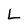
Character: L